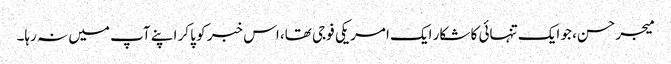
میجر حسن، جو ایک تنہائی کا شکار ایک امریکی فوجی تھا، اس خبر کو پا کر اپنے آپ میں نہ رہا۔